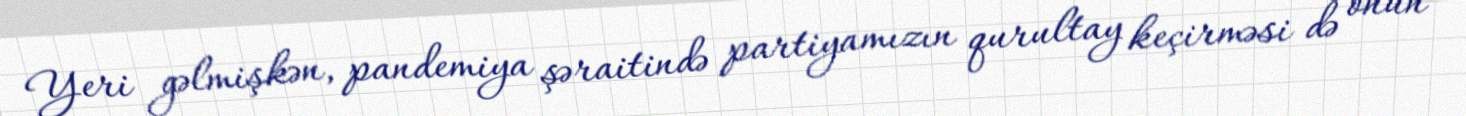
Yeri gəlmişkən, pandemiya şəraitində partiyamızın qurultay keçirməsi də onun